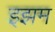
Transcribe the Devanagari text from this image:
इझम